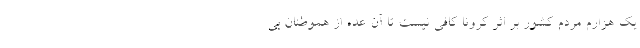
یک هزارم مردم کشور بر اثر کرونا کافی نیست تا آن عده از هموطنان بی